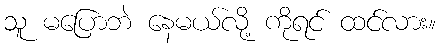
သူ မပြောဘဲ နေမယ်လို့ ကိုရင် ထင်လား။